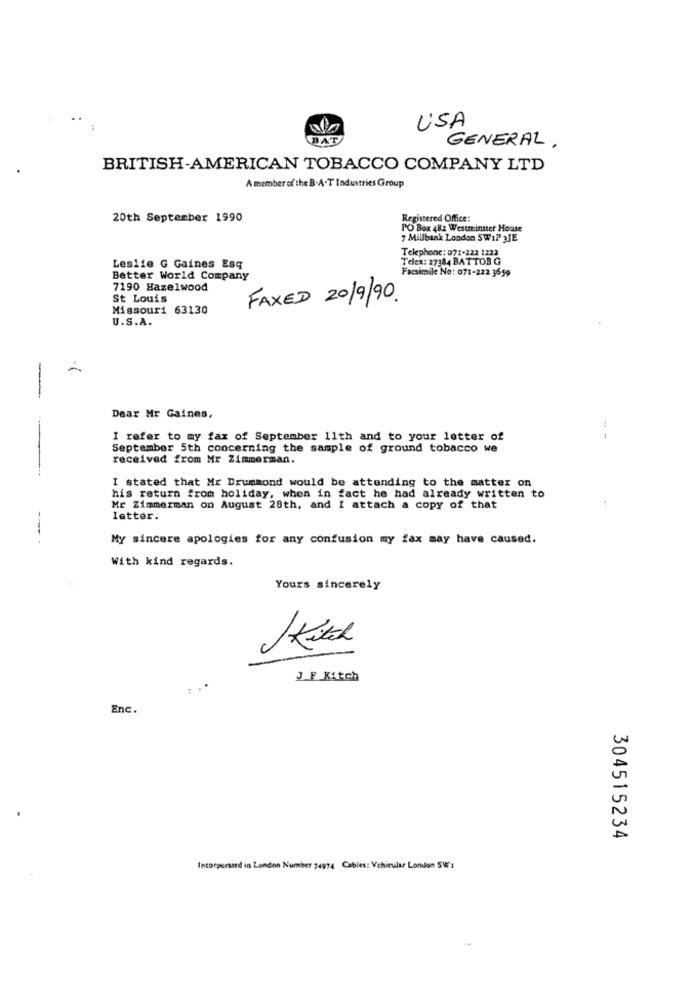
USA
BAT
GENERAL .
BRITISH-AMERICAN TOBACCO COMPANY LTD
A member of the B.A.T Industries Group
20th September 1990
Registered Office:
PO Box 482 Westminster House
7 Millbank London SWIP 3JE
Telephone: 071-222 1233
Telex: 27384 BATTOB G
Leslie G Gaines Esq
Facsimile No: 071-222 3659
Better World Company
7190 Hazelwood
St Louis
FAXED 20/9/90.
Missouri 63130
U.S.A.
-
Dear Mr Gaines,
I refer to my fax of September 11th and to your letter of
-. -
September 5th concerning the sample of ground tobacco we
received from Mr Zimmerman.
I stated that Mr Drummond would be attending to the matter on
his return from holiday, when in fact he had already written to
Mr Zimmerman on August 28th, and I attach a copy of that
letter.
--
My sincere apologies for any confusion my fax may have caused.
With kind regards.
Yours sincerely
Kitch
J.F Kitch
Enc
304515234
Incorporated in London Number 74974 Cables: Vehicular London SW':